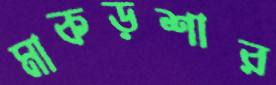
মাকড়শার